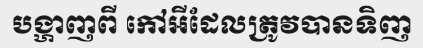
បង្ហាញពី កៅអីដែលត្រូវបានទិញ